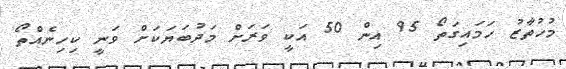
މުހުތާޒު ހަމައިގަތޯ 95 އިން 50 އަކީ ވަރަށް މަދުބަޔަކަށް ވަނީ ކިހިނެއްތޯ